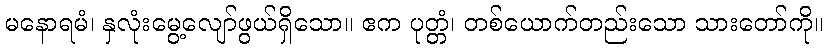
မနောရမံ၊ နှလုံးမွေ့လျော်ဖွယ်ရှိသော။ ဧက ပုတ္တံ၊ တစ်ယောက်တည်းသော သားတော်ကို။